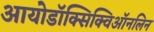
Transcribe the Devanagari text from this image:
आयोडॉक्सिक्विऑनलिन